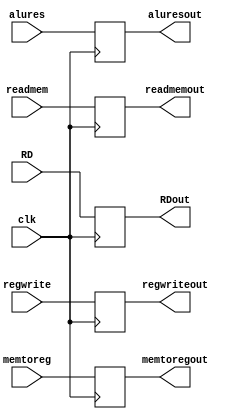
`timescale 1ns / 1ps
//////////////////////////////////////////////////////////////////////////////////
// Company: 
// Engineer: 
// 
// Design Name: 
// Module Name: MEM_WB_task3
// Project Name: 
// Target Devices: 
// Tool Versions: 
// Description: 
// 
// Dependencies: 
// 
// Revision:
// Revision 0.01 - File Created
// Additional Comments:
// 
//////////////////////////////////////////////////////////////////////////////////


module MEM_WB_task3(
input clk,

input regwrite, memtoreg, 

input [63:0]alures, 

input [63:0]readmem, 

input [4:0]RD, 

output reg regwriteout, memtoregout, 

output reg [63:0]aluresout, 

output reg[63:0]readmemout, 

output reg[4:0]RDout 

); 
always @(posedge clk)
begin
    regwriteout = regwrite; 

    memtoregout = memtoreg; 

    aluresout = alures; 

    readmemout = readmem; 

    RDout = RD; 
end

endmodule